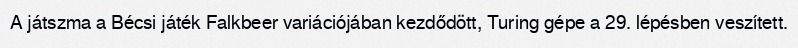
A játszma a Bécsi játék Falkbeer variációjában kezdődött, Turing gépe a 29. lépésben veszített.